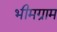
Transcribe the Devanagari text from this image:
भीमग्राम